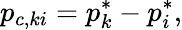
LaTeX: p_{c,ki}=p_{k}^{*}-p_{i}^{*},